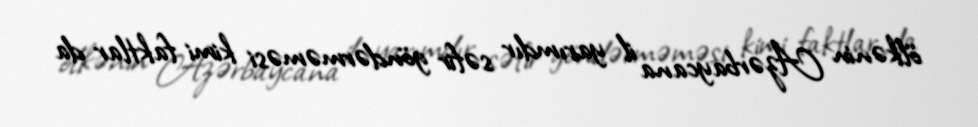
ölkənin Azərbaycana il yarımdır səfir göndərməməsi kimi faktlar da